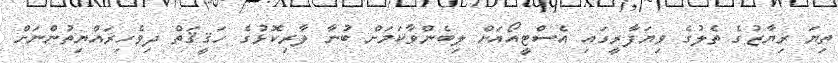
ތިޔަ ރިޔާޒުގެ ތެލުގެ ވިޔަފާރީގައި އެސްޓީއޯއަށް ލިބެންވާކަމަށް ބުނާ ލާރިކޮޅުގެ ހަޤީޤަތް ދިވެހިރައްޔިތުންނަށް